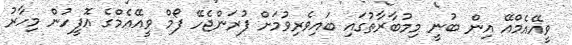
ވީއޭއެމްއޭ އިން ބުނީ މިމުބާރާތުގައި ބައިވެރިވުމަށް ފުރަންޖެހޭ ފޯމް ވީއޭއެމްގެ އޮފީހުން މިހާރު